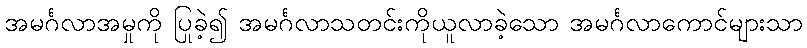
အမင်္ဂလာအမှုကို ပြုခဲ့၍ အမင်္ဂလာသတင်းကိုယူလာခဲ့သော အမင်္ဂလာကောင်များသာ